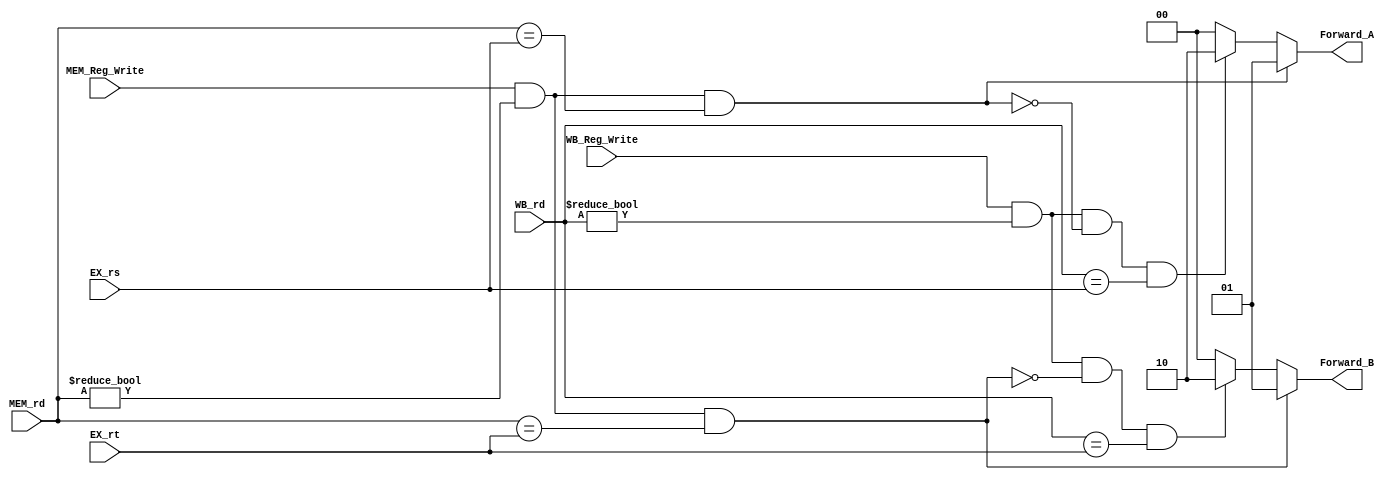
//  0516205  0516228
// CO project 5 - Forwarding Unit
//--------------------------------------------------------------------------------
//Version:     1
//--------------------------------------------------------------------------------
//Writer:      
//----------------------------------------------
//Date:        
//----------------------------------------------
//Description: 
//--------------------------------------------------------------------------------
module Forwarding_Unit(
    EX_rs,
    EX_rt,
    MEM_rd,
    WB_rd,
    MEM_Reg_Write,
    WB_Reg_Write,
    Forward_A,
    Forward_B
);

input [4:0]EX_rs;
input [4:0]EX_rt;
input [4:0]MEM_rd;
input [4:0]WB_rd;

input MEM_Reg_Write;
input WB_Reg_Write;

output [1:0] Forward_A;
output [1:0] Forward_B;

reg [1:0] Forward_A;
reg [1:0] Forward_B;


always @(*) begin
    // Forward_A
    // EX hazard
    if( MEM_Reg_Write & ( MEM_rd != 0 ) & ( MEM_rd == EX_rs ) )
        Forward_A = 2'b01;
    // MEM hazard
    else if( WB_Reg_Write & ( WB_rd != 0) & ~( ( MEM_Reg_Write & (MEM_rd!=0 ) ) & MEM_rd == EX_rs ) & ( WB_rd == EX_rs ) )   
        Forward_A = 2'b10;
    else 
        Forward_A = 2'b00;

    // Forward_B
    // EX hazard
    if( MEM_Reg_Write & ( MEM_rd != 0 ) & ( MEM_rd == EX_rt ) )
        Forward_B = 2'b01;
    // MEM hazard
    else if( WB_Reg_Write & ( WB_rd != 0) & ~( ( MEM_Reg_Write & (MEM_rd!=0 ) ) & MEM_rd == EX_rt ) & ( WB_rd == EX_rt ) ) 
        Forward_B = 2'b10;
    else 
        Forward_B = 2'b00;
end

endmodule